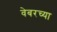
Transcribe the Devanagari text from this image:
वेबरच्या